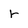
Character: r